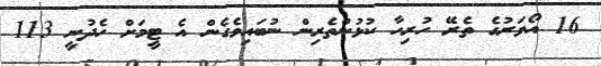
16 އޯވަރުގެ ތެރޭ ހުރިހާ ކުޅުންތެރިން ނުބައިވެގެން އެ ޓީމަށް ހެދުނީ 113